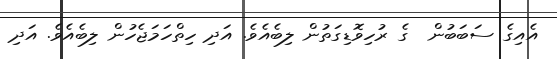
އެއިގެ ސަބަބުން  ގެ ރުހިވޮޑިގަތުން ލިބެއެވެ. އަދި ހިތްހަމަޖެހުން ލިބެއެވެ. އަދި